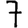
Digit: 7